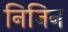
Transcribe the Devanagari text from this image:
निनिन